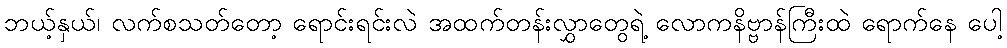
ဘယ့်နှယ်၊ လက်စသတ်တော့ ရောင်းရင်းလဲ အထက်တန်းလွှာတွေရဲ့ လောကနိဗ္ဗာန်ကြီးထဲ ရောက်နေ ပေါ့